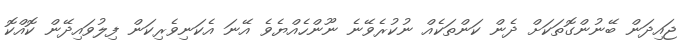
ޖައިދަން ބޭނުންގޮތަކަށް ދެން ކަންތަކެއް ނުކުރެވޭނެ ނޫންހެއްޔެވެ އޭނަ އެކަނިވެރިކަން ފިލުވައިދޭން ކޮއްކޮ